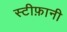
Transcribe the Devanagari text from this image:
स्टीफ़ानी